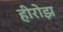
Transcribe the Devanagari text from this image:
हीरोझ